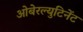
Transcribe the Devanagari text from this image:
ओबेरल्युटिनेंट